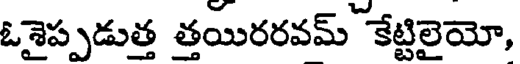
ఓశైప్పడుత్త త్తయిరరవమ్ కేట్టిలైయో,